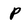
Character: P